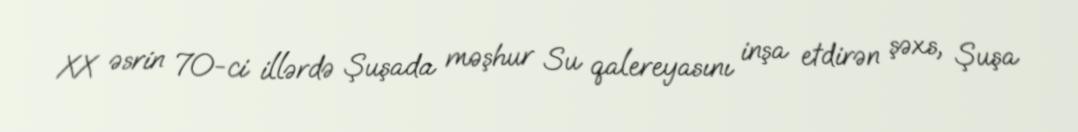
XX əsrin 70-ci illərdə Şuşada məşhur Su qalereyasını inşa etdirən şəxs, Şuşa